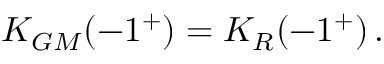
K _ { G M } ( - 1 ^ { + } ) = K _ { R } ( - 1 ^ { + } ) \, .